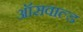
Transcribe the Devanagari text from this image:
ऑसवाल्ड